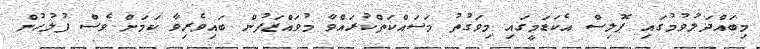
މިބައްދަލުވުމުގައި ޕޮލިސް އެކަޑަމީގައި މިވަގުތު މަސައްކަތްކުރައްވާ މުވައްޒަފުން ބައިވެރިވާ ކަމަށް ވެސް ފުލުހުން